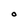
Character: O